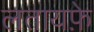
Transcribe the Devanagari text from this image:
लतायफ़े